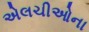
એલચીઓના